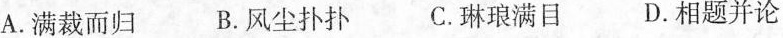
A.满载而归 B.风尘扑扑 C.琳琅满目 D.相题并论